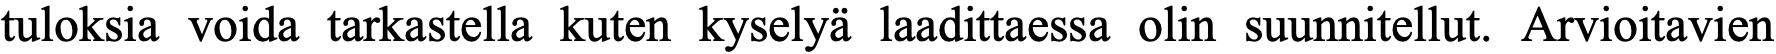
tuloksia voida tarkastella kuten kyselyä laadittaessa olin suunnitellut. Arvioitavien